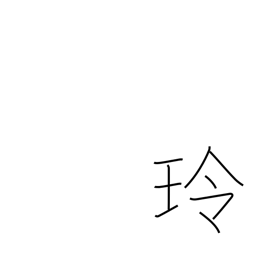
Meaning: sound of jewels